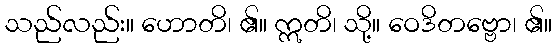
သည်လည်း။ ဟောတိ၊ ၏။ ဣတိ၊ သို့။ ဝေဒိတဗ္ဗော၊ ၏။